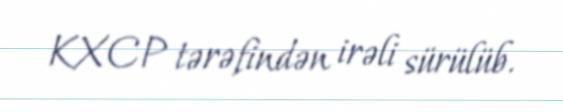
KXCP tərəfindən irəli sürülüb.